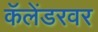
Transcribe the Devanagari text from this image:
कॅलेंडरवर